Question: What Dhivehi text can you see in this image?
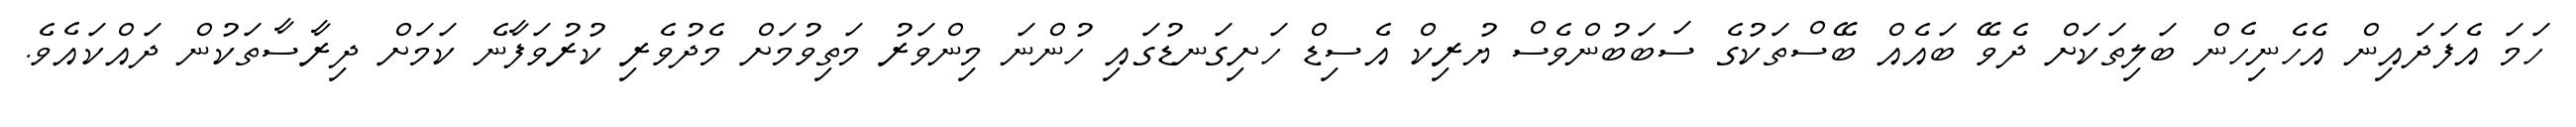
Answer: ހަމަ އެފަދައިން އެހެނިހެން ބަލިތަކަށް ދެވޭ ބައެއް ބޭސްތަކުގެ ސަބަބުންވެސް ޔުރިކް އެސިޑް ހަށިގަނޑުގައި ހުންނަ މިންވަރު މަތިވުމަށް މެދުވެރި ކުރުވަފާނެ ކަމަށް ދިރާސާތަކުން ދައްކައެވެ.